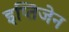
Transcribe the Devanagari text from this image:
इप्तिजेन